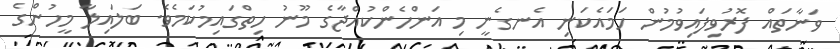
ވަނާތައް ފޮރުވިފައިވުމުން ހަމައެކަނި އެނގެނީ މި އަންހެންކުއްޖާގެ މޫނު ހިތްގައިމުކަމެވެ. ބަލައިލާ މީހުންގެ